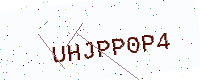
Text: UHJPP0P4